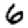
Digit: 6